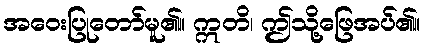
အဝေးပြုတော်မူ၏။ ဣတိ၊ ဤသို့ဖြေအပ်၏။